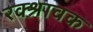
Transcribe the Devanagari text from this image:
रक्श्रावक